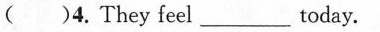
()4. They feel ___ today.